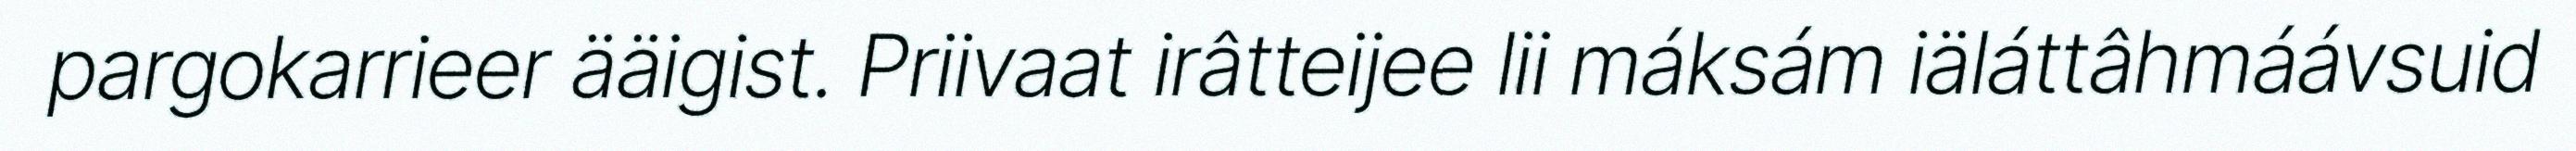
pargokarrieer ääigist. Priivaat irâtteijee lii máksám iäláttâhmáávsuid